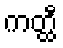
ကတ္ထီ